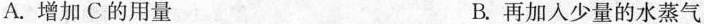
A.增加C的用量 B.再加入少量的水蒸气